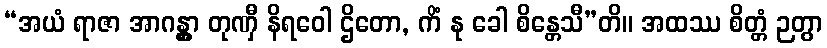
“အယံ ရာဇာ အာဂန္တွာ တုဏှီ နိရဝေါ ဌိတော, ကိံ နု ခေါ စိန္တေသီ”တိ။ အထဿ စိတ္တံ ဉတွာ